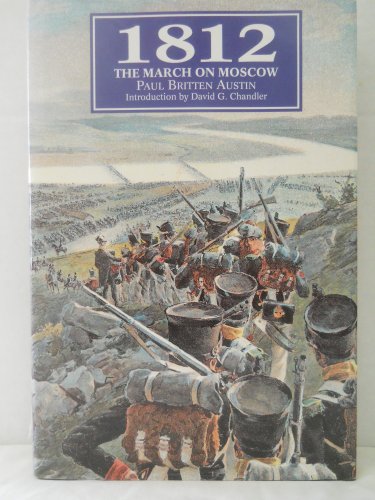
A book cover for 1812: The March on Moscow; Paul Britten Austin; History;